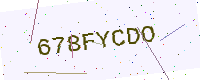
Text: 678FYCDO